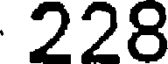
228